Leaving Certificate Examination (including Day School Certificate (Higher) General paper), 1934
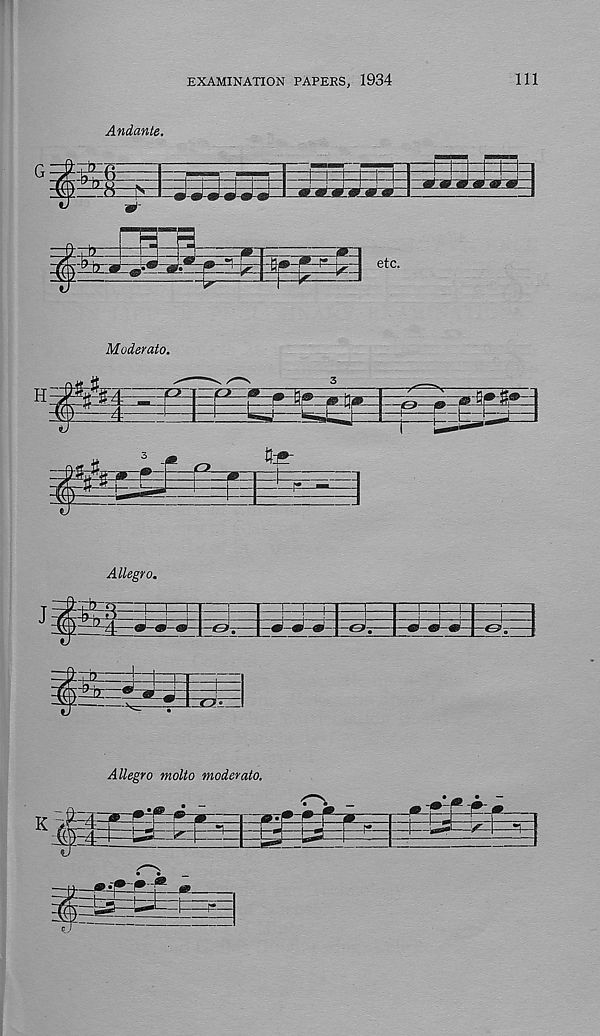
EXAMINATION PAPERS, 1934
111
M oder at o.
Allegro.
* •
Allegro molto moderato.
'T'.
~birt